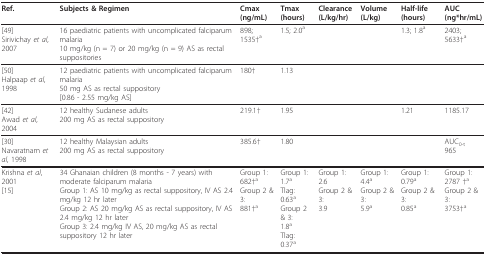
<table><thead><tr><td><b>Ref.</b></td><td><b>Subjects &amp; Regimen</b></td><td><b>Cmax (ng/mL)</b></td><td><b>Tmax (hours)</b></td><td><b>Clearance (L/kg/hr)</b></td><td><b>Volume (L/kg)</b></td><td><b>Half-life (hours)</b></td><td><b>AUC (ng*hr/mL)</b></td></tr></thead><tbody><tr><td>[49]Sirivichay <i>et al</i>, 2007</td><td>16 paediatric patients with uncomplicated falciparum malaria10 mg/kg (n = 7) or 20 mg/kg (n = 9) AS as rectal suppositories</td><td>898; 1535†<sup>a</sup></td><td>1.5; 2.0<sup>a</sup></td><td></td><td></td><td>1.3; 1.8<sup>a</sup></td><td>2403; 5633†<sup>a</sup></td></tr><tr><td>[50]Halpaap <i>et al</i>, 1998</td><td>12 paediatric patients with uncomplicated falciparum malaria50 mg AS as rectal suppository[0.86 - 2.55 mg/kg AS]</td><td>180†</td><td>1.13</td><td></td><td></td><td></td><td></td></tr><tr><td>[42]Awad <i>et al</i>, 2004</td><td>12 healthy Sudanese adults200 mg AS as rectal suppository</td><td>219.1†</td><td>1.95</td><td></td><td></td><td>1.21</td><td>1185.17</td></tr><tr><td>[30]Navaratnam <i>et al</i>, 1998</td><td>12 healthy Malaysian adults200 mg AS as rectal suppository</td><td>385.6†</td><td>1.80</td><td></td><td></td><td></td><td>AUC<sub>0-t</sub>965</td></tr><tr><td>Krishna <i>et al</i>, 2001[15]</td><td>34 Ghanaian children (8 months - 7 years) with moderate falciparum malariaGroup 1: AS 10 mg/kg as rectal suppository, IV AS 2.4 mg/kg 12 hr laterGroup 2: AS 20 mg/kg AS as rectal suppository, IV AS 2.4 mg/kg 12 hr laterGroup 3: 2.4 mg/kg IV AS, 20 mg/kg AS as rectal suppository 12 hr later</td><td>Group 1:682†<sup>a</sup>Group 2 &amp; 3:881†<sup>a</sup></td><td>Group 1:1.7<sup>a</sup>Tlag: 0.63<sup>a</sup>Group 2 &amp; 3:1.8<sup>a</sup>Tlag: 0.37<sup>a</sup></td><td>Group 1:2.6Group 2 &amp; 3:3.9</td><td>Group 1:4.4<sup>a</sup>Group 2 &amp; 3:5.9<sup>a</sup></td><td>Group 1:0.79<sup>a</sup>Group 2 &amp; 3:0.85<sup>a</sup></td><td>Group 1:2787 †<sup>a</sup>Group 2 &amp; 3:3753†<sup>a</sup></td></tr></tbody></table>